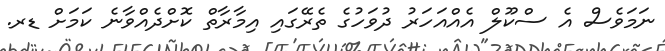
ނަމަވެސް އެ ސްކޫލް އެއްއަހަރު ދުވަހުގެ ތެރޭގައި އިމާރާތް ކޮށްދެއްވާނެ ކަމަށް ޑރ.